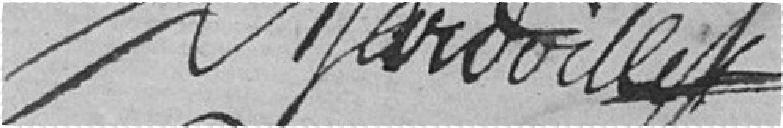
Maroilles